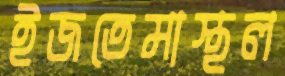
ইজতেমাস্থল